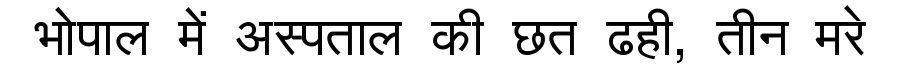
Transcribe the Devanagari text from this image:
भोपाल में अस्पताल की छत ढही, तीन मरे